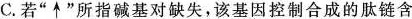
C.若“\uparrow”所指碱基对缺失，该基因控制合成的肽链含